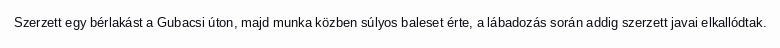
Szerzett egy bérlakást a Gubacsi úton, majd munka közben súlyos baleset érte, a lábadozás során addig szerzett javai elkallódtak.